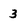
Character: 3